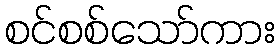
စင်စစ်သော်ကား